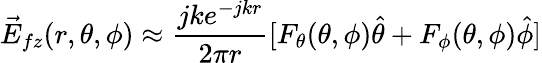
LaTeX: \vec{E}_{fz}(r,\theta,\phi)\approx\frac{jke^{-jkr}}{2\pi r}[F_{\theta}(\theta,\phi)\hat{\theta}+F_{\phi}(\theta,\phi)\hat{\phi}]